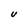
Character: U